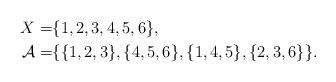
LaTeX: \begin{align*}X =& \{1, 2, 3, 4, 5, 6\}, \\\mathcal{A} = &\{\{1, 2 ,3\},\{4, 5, 6\},\{1, 4 ,5\},\{2, 3, 6\}\}.\end{align*}